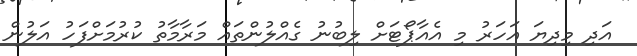
އަދި މިދިޔަ އަހަރު މި އެއާޕޯޓަށް ލިބުނު ގެއްލުންތައް މަރާމާތު ކުރުމަށްފަހު އަލުން